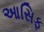
આસિફ